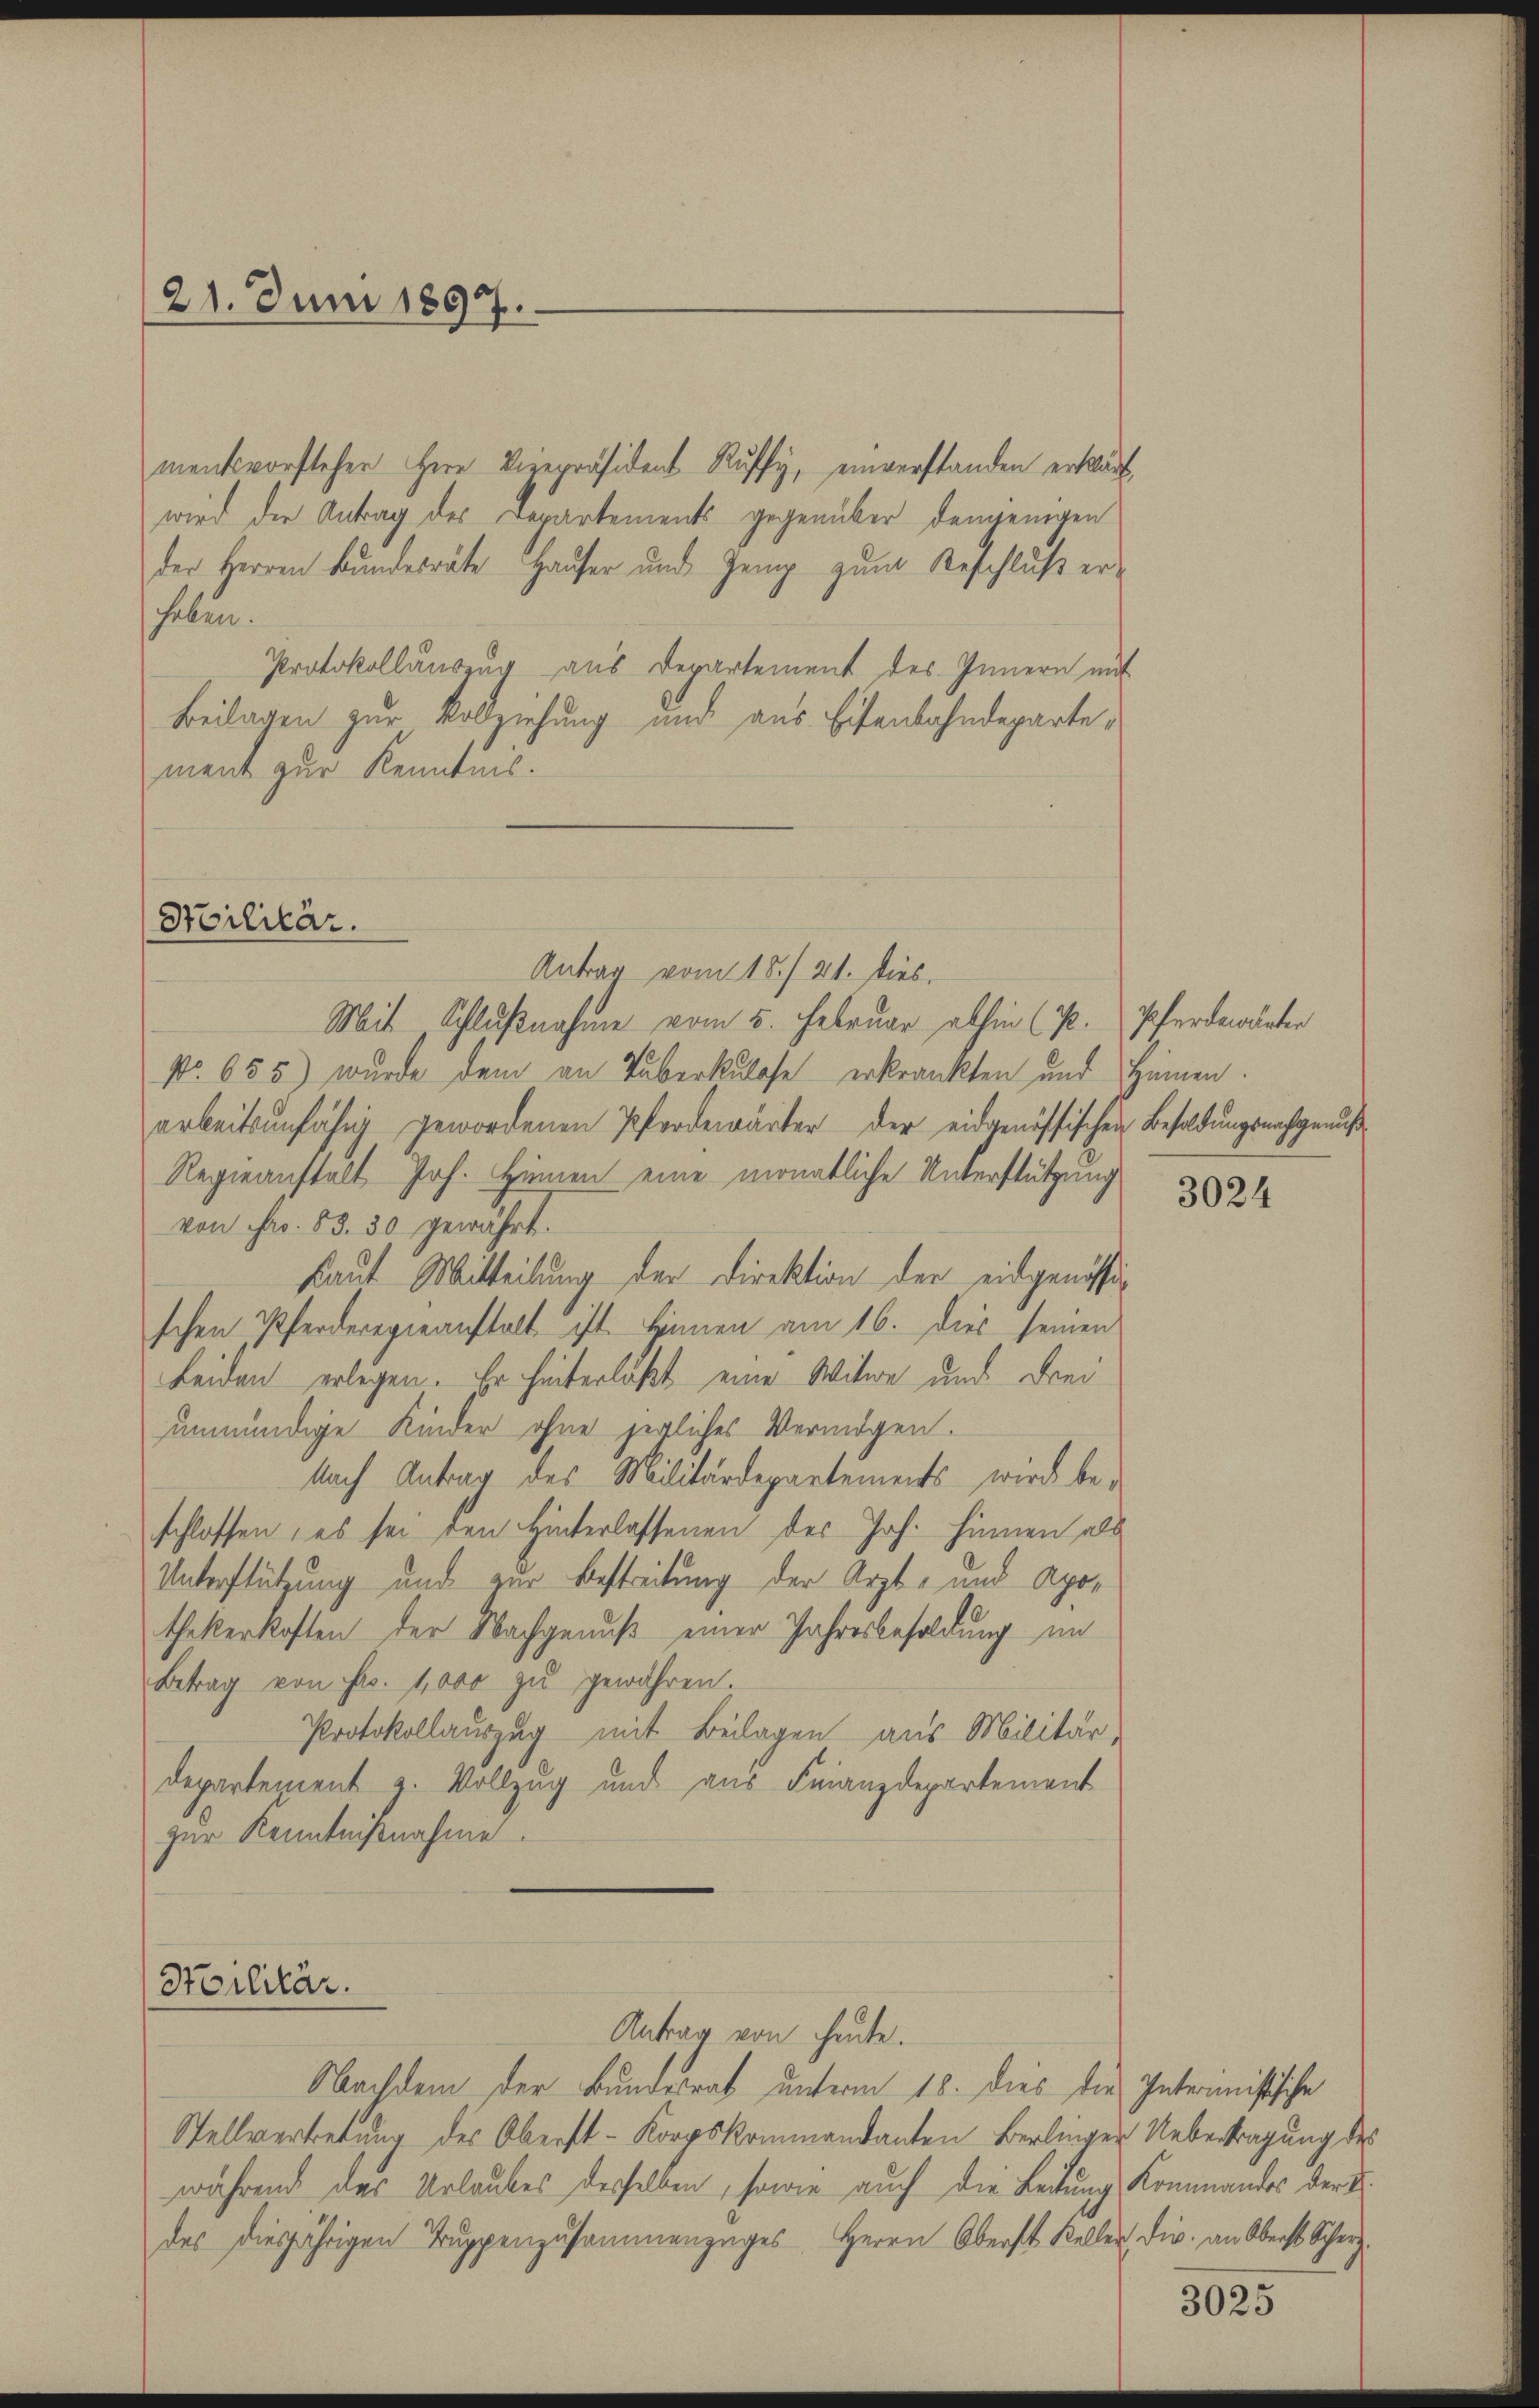
21. Juni 1897.

mentsvorsteher Herr Vizepräsident Ruffy, einverstanden erklärt
wird die Antrag des Departements gegenüber demjenigen
der Herren Bundesräte Hauser und Zeug zum Beschluß er-
haben.
Protokollauszug aus Departement des Innern mit
Beilagen zur Vollziehung und aus Eisenbahndeparte,
ment zur Kenntnis.

Stilitär.

Stoilitär.

Antrag vom 15./21. dies
Mit Schlußnahme vom 5. Februar abhin (P. Pferdewärter
No. 655) wurde dem an Tuberkulose erkrankten und Himmen.
arbeitsunfähig gewordenen Pferdewärter der eidgenössischen Besoldungsnachgenuß¬
Regieanstalt Joh. Hienen eine monatliche Unterstützung
von Fr. 83. 30 gewährt.
kaut Mitteilung der Direktion der eidgenössischen Pferderegieanstalt ist. Sinnen am 16. Dies seinen
Leiden erlegen. Er hinterläßt eine Witwe und drei
unmündige Kinder ohne jegliches Vermögen.
Nach Antrag des Militärdepartements wird beschlossen, es sei den Hinterlassenen des Joh. hinnen als
Unterstützung und zur Bestreitung der Arzt- und Apothekerkosten der Nachgenuß einer Jahresbesoldung im
Betrag von Fr. 1000 zu gewähren.
Protokollauszug mit Beilagen aus Militär,
Departement z. Vollzug und aus Finanzdepartement
zur Kenntnißnahme.

Antrag von heute.
Nachdem der Bundesrat unterm 18. dies die Interimistische
Stellvertretung des Oberst-Korpskommandanten Berlinger Uebertragung des
während des Urlaubes desselben, sowie auch die Leitung Kommandos der S.
des diesjährigen Truppenzusammenzuges Herrn Oberst Keller, die an Oberst Scherz¬

3024

3025